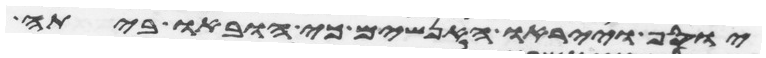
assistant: יוסף וייראו האנשים כי הובאו ביתה